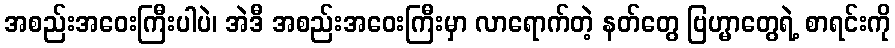
အစည်းအဝေးကြီးပါပဲ၊ အဲဒီ အစည်းအဝေးကြီးမှာ လာရောက်တဲ့ နတ်တွေ ဗြဟ္မာတွေရဲ့ စာရင်းကို